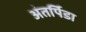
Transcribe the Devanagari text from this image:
अंतर्पिडा